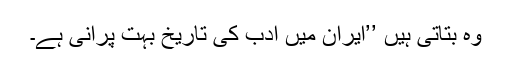
وہ بتاتی ہیں ’’ایران میں ادب کی تاریخ بہت پرانی ہے۔